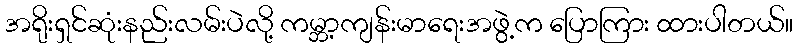
အရိုးရှင်ဆုံးနည်းလမ်းပဲလို့ ကမ္ဘာ့ကျန်းမာရေးအဖွဲ့က ပြောကြား ထားပါတယ်။